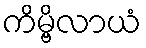
ကိမ္ဗိလာယံ